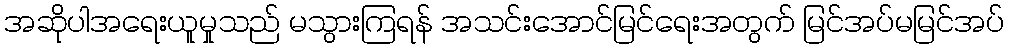
အဆိုပါအရေးယူမှုသည် မသွားကြရန် အသင်းအောင်မြင်ရေးအတွက် မြင်အပ်မမြင်အပ်